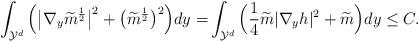
LaTeX: \begin{align*} \int_{\mathcal{Y}^d} \Big(\big |\nabla_y \widetilde{m}^{\frac{1}{2}}\big|^2+ \big(\widetilde{m}^{\frac{1}{2}} \big)^2 \Big)dy=&\int_{\mathcal{Y}^d}\Big(\frac{1}{4}\widetilde{m} |\nabla_yh |^2+\widetilde{m}\Big)dy\leq C. \end{align*}